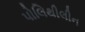
પોલિથીલીન